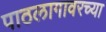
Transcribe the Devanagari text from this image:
पाठलागावरच्या